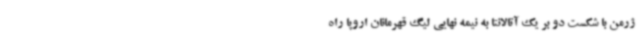
ژرمن با شکست دو بر یک آتالانتا به نیمه نهایی لیگ قهرمانان اروپا راه